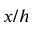
x / h